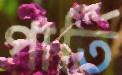
পার্তি